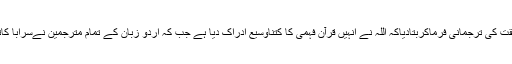
امام احمد رضا نے اس حقیقت کی ترجمانی فرماکربتادیاکہ اللہ نے انہیں قرآن فہمی کا کتناوسیع ادراک دیا ہے جب کہ اردو زبان کے تمام مترجمین نےسَرَابًا کاترجمہ صرف ریت کیاہے۔